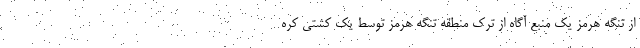
از تنگه هرمز یک منبع آگاه از ترک منطقه تنگه هرمز توسط یک کشتی کره